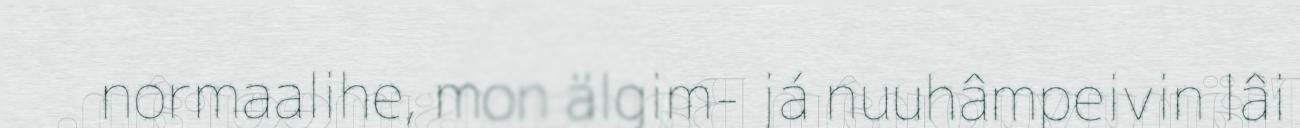
normaalihe, mon älgim- já nuuhâmpeivin lâi